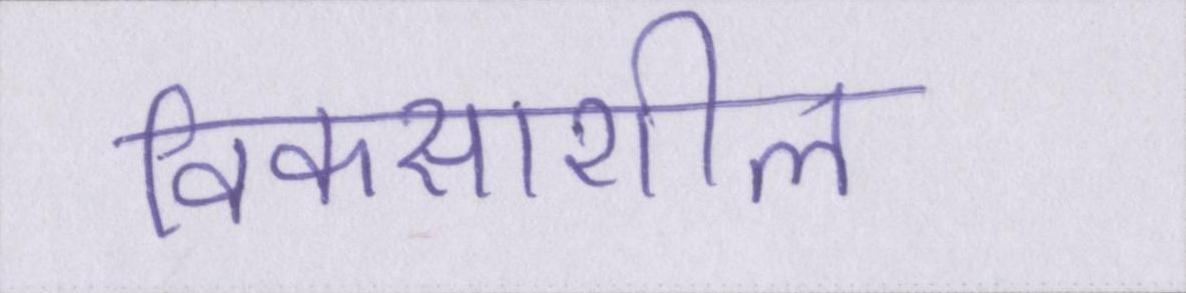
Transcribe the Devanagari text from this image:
विकसाशील